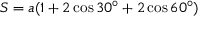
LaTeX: S = a ( 1 + 2 \cos { 3 0 ^ { \circ } } + 2 \cos { 6 0 ^ { \circ } } )